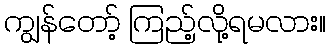
ကျွန်တော့် ကြည့်လို့ရမလား။